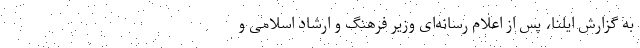
به گزارش ایلنا، پس از اعلام رسانه‌ای وزیر فرهنگ و ارشاد اسلامی و